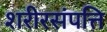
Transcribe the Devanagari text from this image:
शरीरसंपत्ति